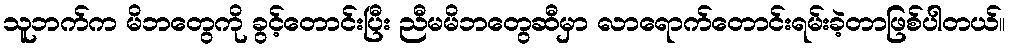
သူဘက်က မိဘတွေကို ခွင့်တောင်းပြီး ညီမမိဘတွေဆီမှာ လာရောက်တောင်းရမ်းခဲ့တာဖြစ်ပါတယ်။